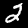
Label: 2